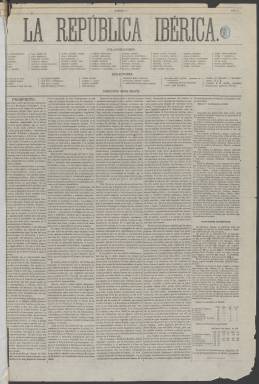
Título: La República ibérica
Colección: Periódicos
Ámbito geográfico: Madrid
Lugar de publicación: Madrid
Fechas: 02/12/1869-03/03/1871